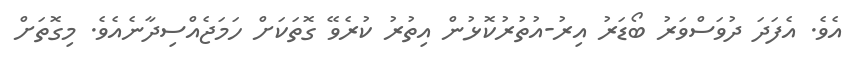
އެވެ. އެފަދަ ދުވަސްވަރު ބޯޑަރު އިރު-އުތުރުކޮޅުން އިތުރު ކުރެވޭ ގޮތަކަށް ހަމަޖެއްސިދާނެއެވެ. މިގޮތަށް